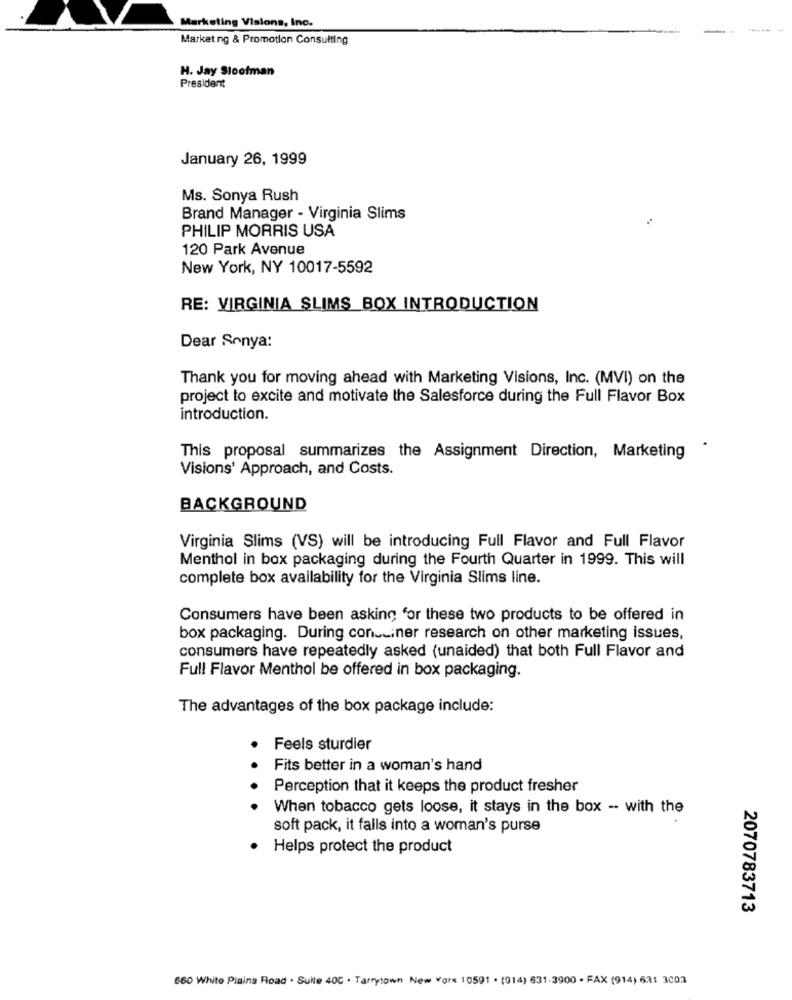
Marketing Visions, Inc.
Marketing & Promotion Consulting
H. Jay Stoofman
President
January 26, 1999
Ms. Sonya Rush
Brand Manager - Virginia Slims
PHILIP MORRIS USA
120 Park Avenue
New York, NY 10017-5592
RE: VIRGINIA SLIMS_BOX INTRODUCTION
Dear Sonya:
Thank you for moving ahead with Marketing Visions, Inc. (MVI) on the
project to excite and motivate the Salesforce during the Full Flavor Box
introduction.
This proposal summarizes the Assignment Direction, Marketing
Visions' Approach, and Costs.
BACKGROUND
Virginia Slims (VS) will be introducing Full Flavor and Full Flavor
Menthol in box packaging during the Fourth Quarter in 1999. This will
complete box availability for the Virginia Slims line.
Consumers have been asking for these two products to be offered in
box packaging. During concuiner research on other marketing issues,
consumers have repeatedly asked (unaided) that both Full Flavor and
Full Flavor Menthol be offered in box packaging.
The advantages of the box package include:
Feels sturdier
Fits better in a woman's hand
Perception that it keeps the product fresher
When tobacco gets loose, it stays in the box -- with the
soft pack, it falls into a woman's purse
Helps protect the product
2070783713
660 White Plains Road . Suite 40C . Tarrytown New Yorx 10591 . (014) 631-3900 . FAX (914) 631 3003